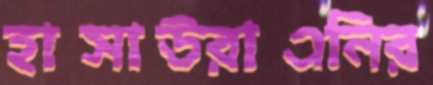
হাসাউরাএনির